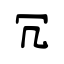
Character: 冗